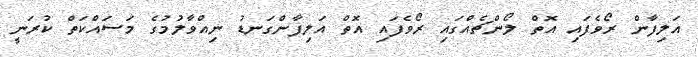
އަލިފާން ރޯވެފައި އޮތް ލޯންޗެއްގައި ރޯވެފައި އޮތް އަލިފާންގަނޑު ނިއްވާލުމުގެ މަސައްކަތް ކުރަނީ